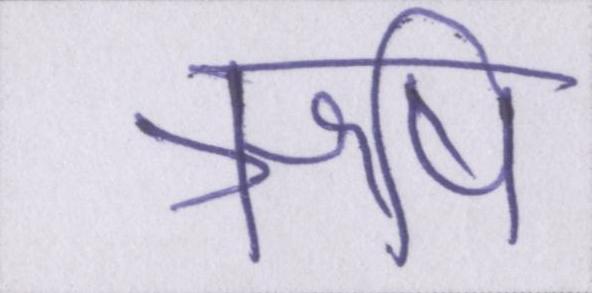
ऋषि